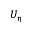
U _ { \eta }